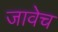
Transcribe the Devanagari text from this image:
जावेच